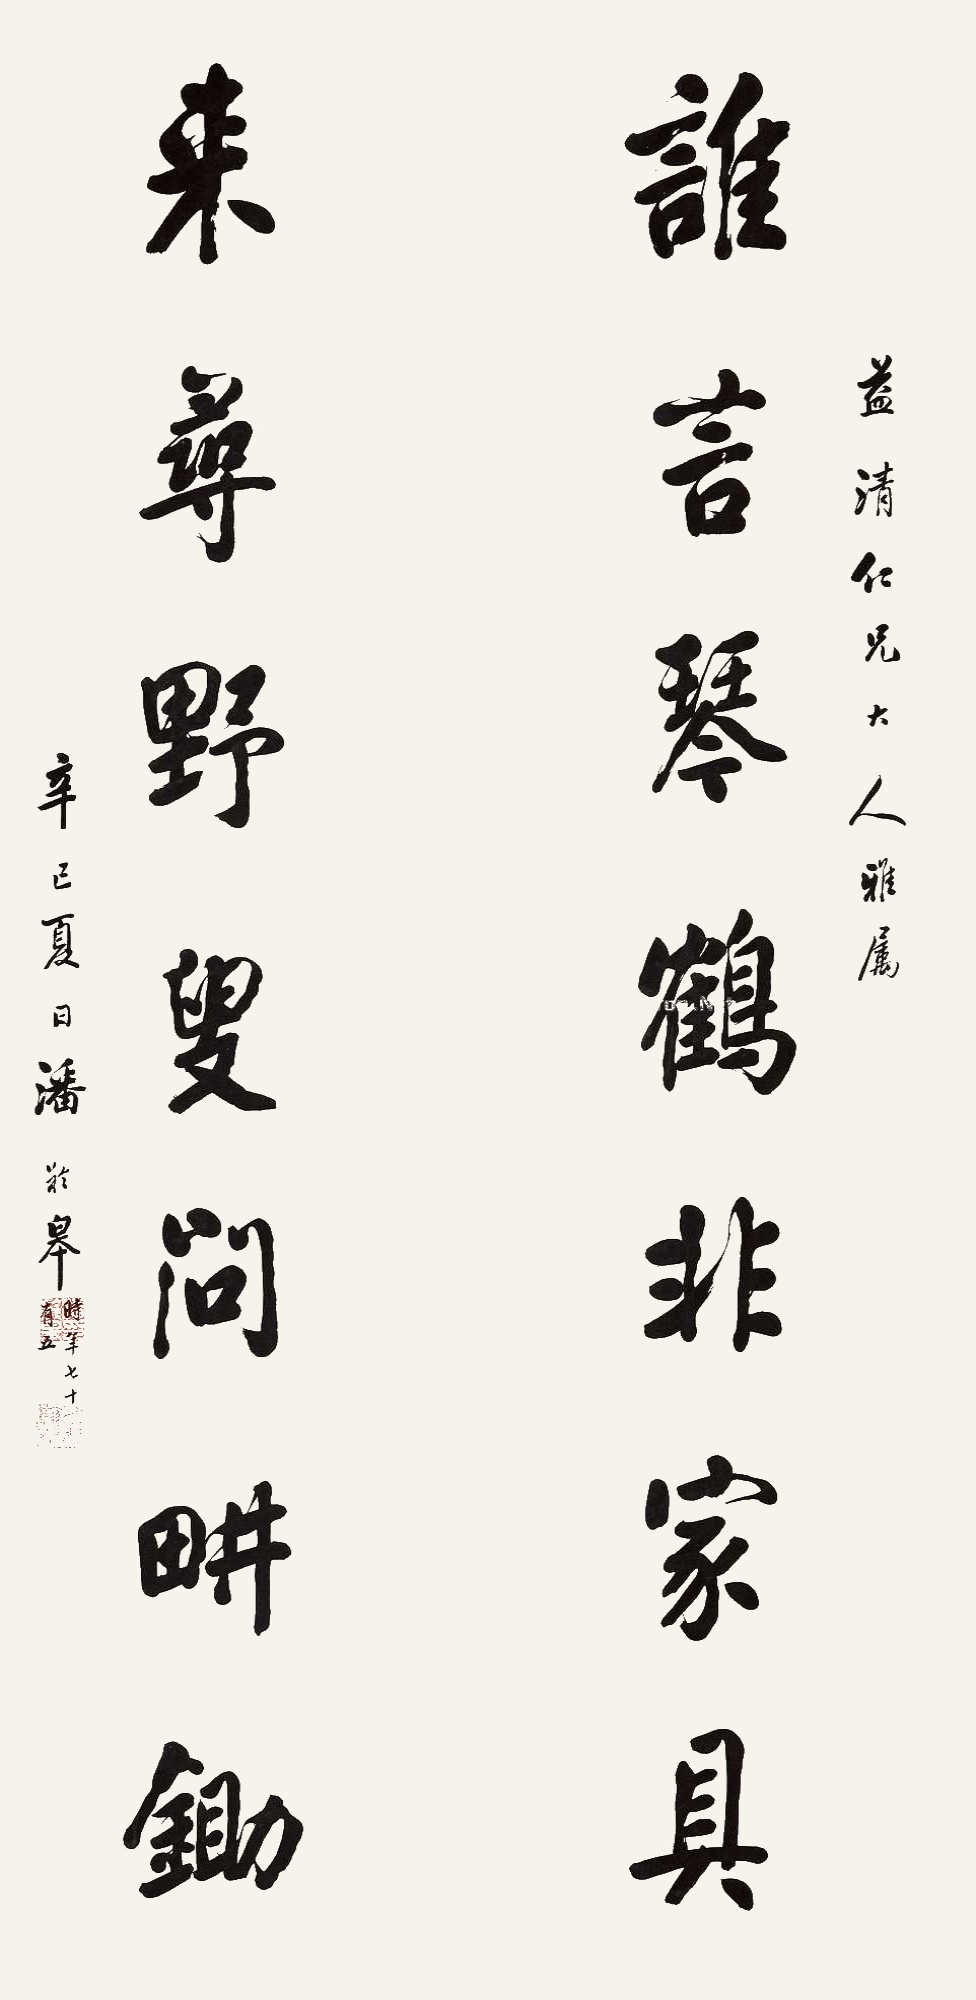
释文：谁言琴鹤非家具，来寻野叟问畊锄。益清仁兄大人雅属，辛巳夏日，潘龄皋。